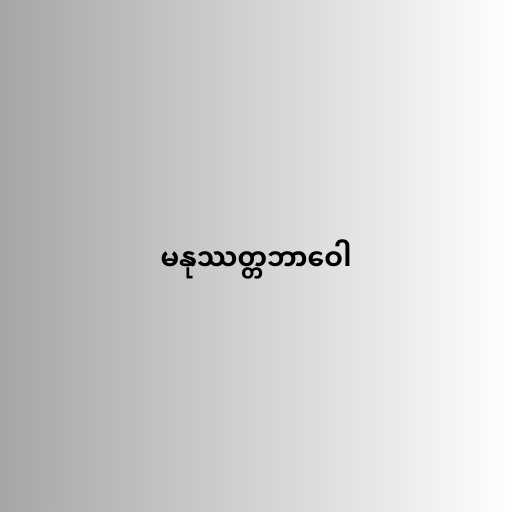
မနုဿတ္တဘာဝေါ